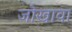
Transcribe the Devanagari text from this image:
जोखावा